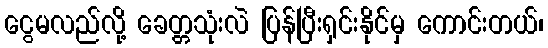
ငွေမလည်လို့ ခေတ္တသုံးလဲ ပြန်ပြီးရှင်းနိုင်မှ ကောင်းတယ်၊